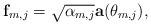
LaTeX: \begin{align*}\mathbf{f}_{m,j}=\sqrt{\alpha_{m,j}}\mathbf{a}(\theta_{m,j}),\end{align*}